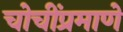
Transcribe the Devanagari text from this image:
चोचींप्रमाणे